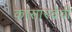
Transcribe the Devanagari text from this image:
कासारदेवी